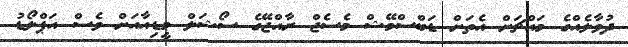
ދުވާލެއްގެ މައްޗަށް އެތަށް ޑަބްސްމޭޝް މެސެޖް ރާއްޖޭގެ ސޯޝަލް މީޑިއާއަށް ވެސް އަޕްލޯޑު